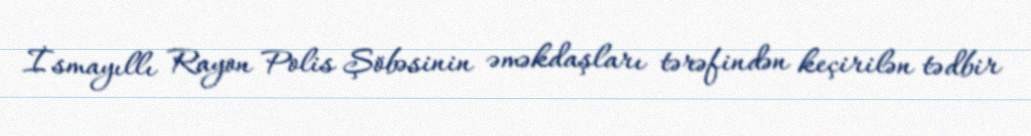
İsmayıllı Rayon Polis Şöbəsinin əməkdaşları tərəfindən keçirilən tədbir